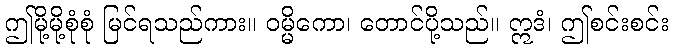
ဤမို့မို့စုံစုံ မြင်ရသည်ကား။ ဝမ္မိကော၊ တောင်ပို့သည်။ ဣဒံ၊ ဤစင်းစင်း